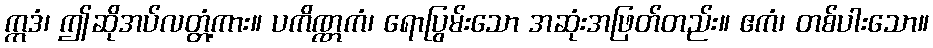
ဣဒံ၊ ဤဆိုအပ်လတ္တံ့ကား။ ပကိဏ္ဏကံ၊ ရောပြွမ်းသော အဆုံးအဖြတ်တည်း။ ဧကံ၊ တစ်ပါးသော။